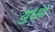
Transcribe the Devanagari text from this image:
युध्दे